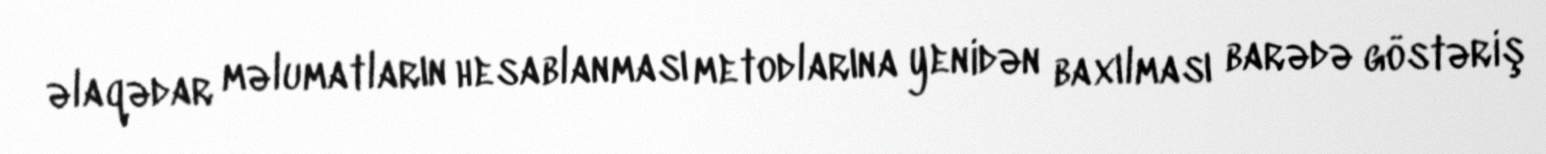
əlaqədar məlumatların hesablanması metodlarına yenidən baxılması barədə göstəriş